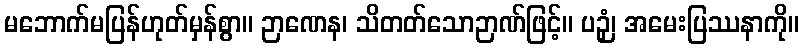
မဘောက်မပြန်ဟုတ်မှန်စွာ။ ဉာဏေန၊ သိတတ်သောဉာဏ်ဖြင့်။ ပဉှံ၊ အမေးပြဿနာကို။